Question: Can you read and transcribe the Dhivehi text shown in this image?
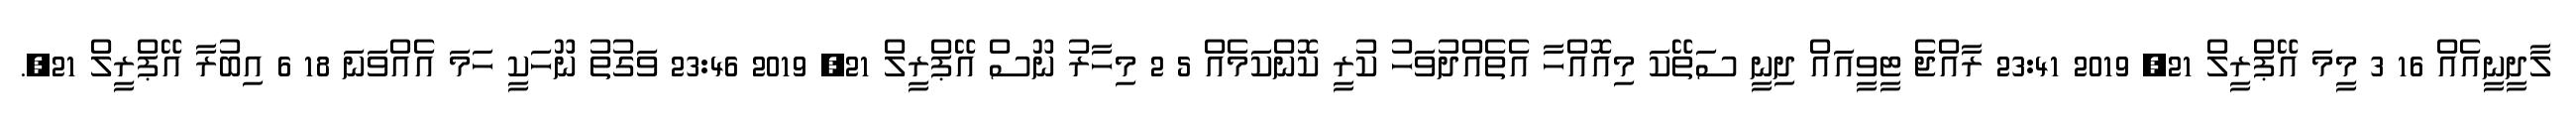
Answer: ލާދީނީއެއް 16 3 މީމަ އޭޕްރީލް 21, 2019 23:41 ރާއްޖެ ޓީވީއައް ދިނީ ސަތޭކަ މިއޮއްހާ އެތެއްދުވަހު ކުރީ ކޮންކަމެއް 5 2 މިހާރު ނޫސް އޭޕްރީލް 21, 2019 23:46 ވަގުތު ނޫހަކީ ހަމަ އެއްވަނަ 18 6 އިބުރާ އޭޕްރީލް 21,.